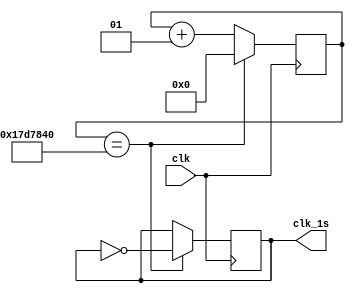
module clockedit(clk, clk_1s);
input clk;
output reg clk_1s;
integer count_clk;
always @(posedge clk)
	begin
		if(count_clk==25000000)
		begin
			count_clk <=0;
			clk_1s <= ~clk_1s;
		end
		else count_clk <= count_clk+1;
		
		end

endmodule